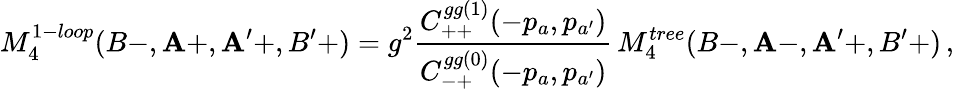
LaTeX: M_{4}^{1-loop}(B-,\mathbf{A}+,\mathbf{A}^{\prime}+,B^{\prime}+)=g^{2}{\frac{{C_{++}^{gg(1)}(-p_{a},p_{a^{\prime}})}}{{C_{-+}^{gg(0)}(-p_{a},p_{a^{\prime}})}}}\, M_{4}^{tree}(B-,\mathbf{A}-,\mathbf{A}^{\prime}+,B^{\prime}+)\, ,